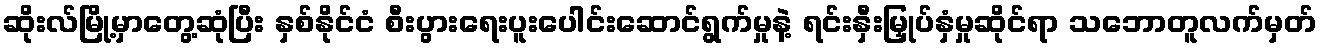
ဆိုးလ်မြို့မှာတွေ့ဆုံပြီး နှစ်နိုင်ငံ စီးပွားရေးပူးပေါင်းဆောင်ရွက်မှုနဲ့ ရင်းနှီးမြှုပ်နှံမှုဆိုင်ရာ သဘောတူလက်မှတ်